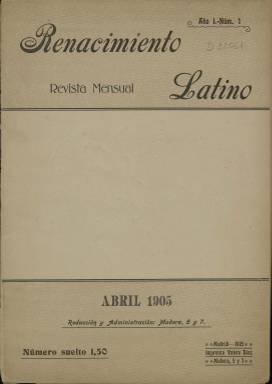
Título: Renacimiento latino
Colección: Literatura
Ámbito geográfico: Madrid
Lugar de publicación: Madrid
Fechas: 01/04/1905-30/04/1905

Esta publicación literaria es una ‘rara avis’ de la que no se sabía nada hasta que el poeta y crítico de arte Juan Manuel Bonet, que dirigió el Museo Reina Sofía y el Instituto Cervantes, la descubrió en una librería de viejo en Lisboa. De la revista solo se editaron dos números en abril y mayo de 1905. Estaba dirigida al alimón por el poeta español Francisco Villaespesa y el novelista portugués Abel Botelho, de ahí su presencia en Lisboa.

  Villaespesa, amigo de Rubén Darío, fue un promotor del modernismo, el movimiento literario de principios del siglo XX a cuyos seguidores no les era fácil la publicación de un libro. Por esa razón Villaespesa pensaba que la prensa era el medio ideal para la difusión del nuevo estilo y las nuevas ideas y fundó, además de Renacimiento Latino, otras revistas que fueron igualmente de vida efímera.

  La Biblioteca Nacional de España solo posee el primer número de la publicación, con 90 páginas, muchas de ellas anuncios publicitarios en las primeras y últimas páginas que son además de color rosado para distinguirlas de las que tienen contenido literario.

  En Renacimiento Latino vieron publicada su firma, entre otros, Felipe Trigo, Eugenio d’Ors, José Francés, Gregorio Martínez Sierra, Rafael Cansinos Assens, Salvador Rueda o José Santos Chocano.

   Una de las singularidades de esta publicación, que se desconocía hasta que se descubrió la revista, son las ilustraciones del artista Juan Gris. Se pensaba que sus primeras ilustraciones habían sido un año después para un libro de Santos Chocano. También se supo entonces que las primeras publicaciones del poeta canario Tomás Morales habían sido en esta revista, con un texto en prosa y un soneto bajo el cual aparece la firma del poeta en una viñeta dibujada por Juan Gris.

Al comienzo del primer número y al final de su primer texto en prosa ‘Trilogía del Evangelio de la vida’, de Pompeyo Gener, aparece la primera viñeta de Juan Gris, es decir, el nombre del autor del texto ornamentado con un dibujo, como firma. En el primer número aparecen, además de esta viñeta de Gener, las de Pedro de Répide, Villaespesa, Rubén Darío, Gabriel Miró, Abel Botelho, Antonio Machado, Silverio Lanza y otros.

   Para obtener más información sobre esta publicación puede consultarse en internet el artículo de Aitor Quiney Urbieta en la revista de estudios modernistas Moralia, con el título: ‘A propósito de un Exlibris de Juan Gris dibujado para el poeta Tomás Morales en Renacimiento Latino (una viñeta al gusto de la época).

[Descripción publicada el 17/08/2022]